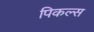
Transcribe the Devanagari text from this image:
पिकल्स